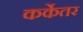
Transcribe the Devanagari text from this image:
कर्केतर